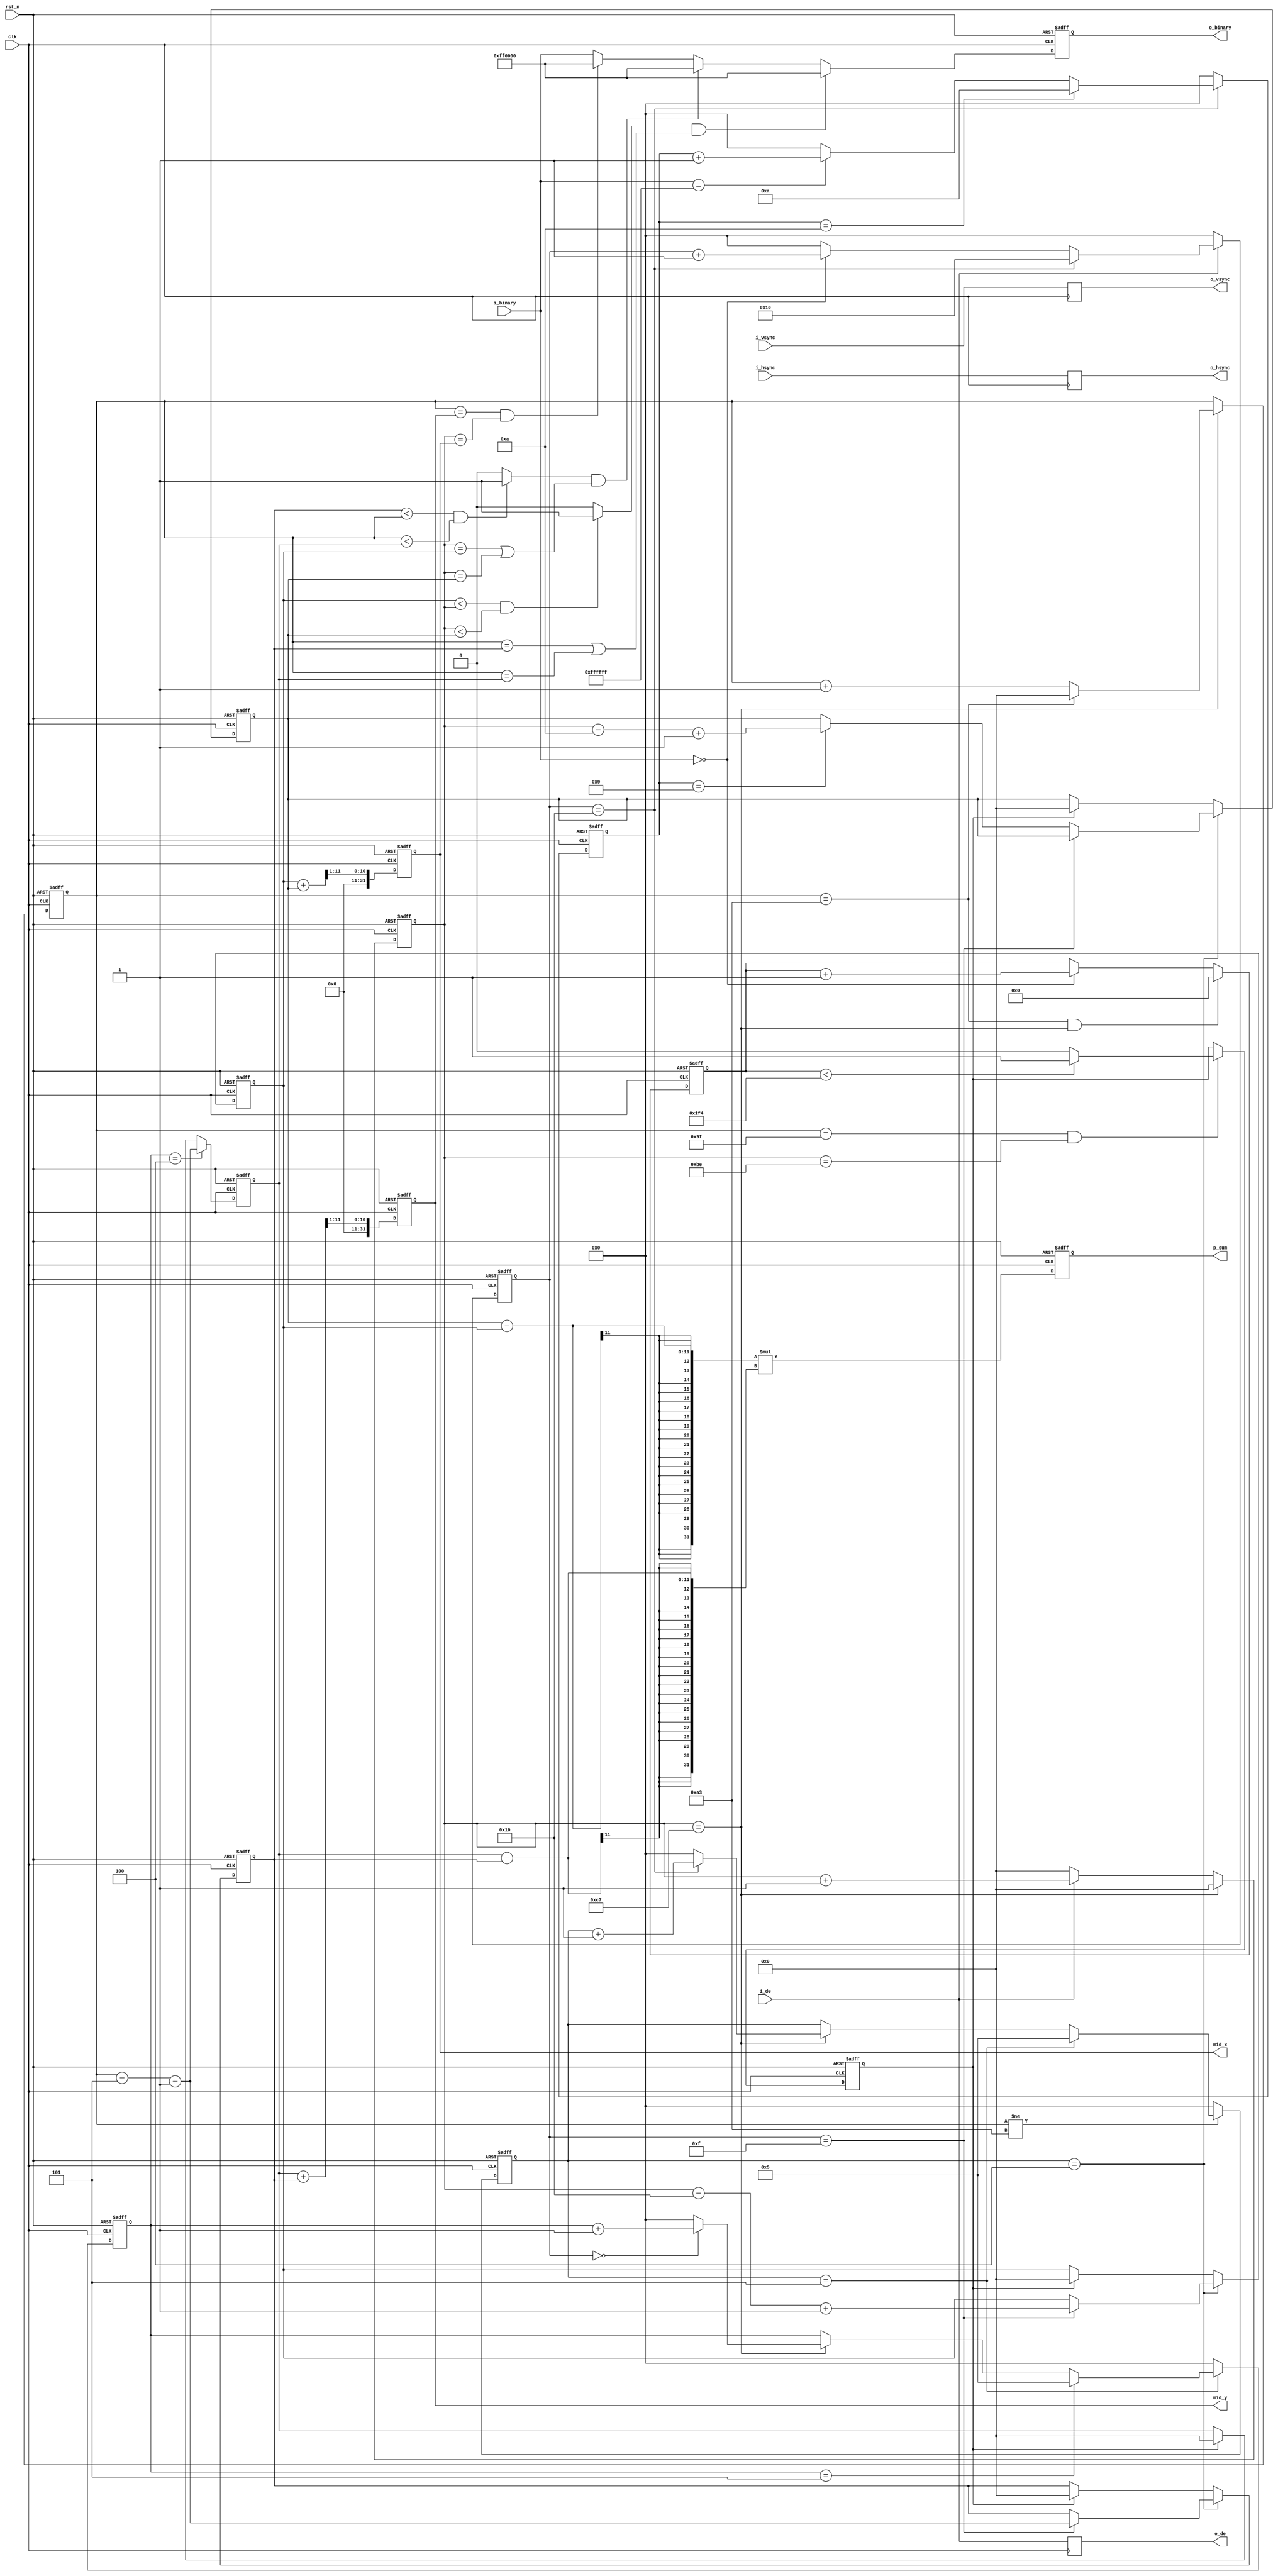
`timescale 1ns/ 1ps

module  HVCOUNT#(
    parameter IMG_W   = 200,
    parameter IMG_H   = 164,
    parameter cnt_x0  = 16 ,  
    parameter cnt_x1  = 10 ,
    parameter cnt_y0  = 5  ,
    parameter cnt_y1  = 5  ,
    parameter pixel   = 500
    
)(

    input                            clk        ,
    input                            rst_n      ,
    input [23:0]                     i_binary   ,
    input                            i_hsync    ,
    input                            i_vsync    ,
    input                            i_de       ,
                                                
    output [23:0]                    o_binary   ,
    output signed       [31:0]       mid_y      ,
    output signed       [31:0]       mid_x      ,
    output reg signed   [31:0]       p_sum      ,
    output                           o_hsync    ,
    output                           o_vsync    , 
    output                           o_de                

);



reg [10:0]              hcnt         ;
reg [10:0]              vcnt         ;
reg [23:0]              cnt_delete   ;
reg [9:0]               hcount_begin ;
reg [9:0]               vcount_begin ;
reg [9:0]               hcount_end   ;
reg [9:0]               vcount_end   ;
reg                     delay_de_1   ;
reg                     delay_hsync_1;
reg                     delay_vsync_1;
wire                    flag0        ;
wire                    flag1        ;
reg [10:0]              x0           ;
reg [10:0]              y0           ;
reg [10:0]              x1           ;
reg [10:0]              y1           ;
reg [23:0]              i_binary_r   ;
reg                     flag_delete  ;
reg signed [31:0]       mid_yr       ;
reg signed [31:0]       mid_xr       ;





assign flag0    =(x0<hcnt && hcnt<x1)?1'b1:1'b0;
assign flag1    =(y0<vcnt && vcnt<y1)?1'b1:1'b0;
assign o_binary =i_binary_r;
assign o_de     =delay_de_1;
assign o_hsync  =delay_hsync_1;
assign o_vsync  =delay_vsync_1;
assign mid_y    =mid_yr;
assign mid_x    =mid_xr;




/********************************************************************************************/

/***************************************timing***********************************************/


always@(posedge  clk)begin
    delay_de_1   <=i_de;
    delay_hsync_1<=i_hsync;
    delay_vsync_1<=i_vsync;
end




/********************************************************************************************/

/***************************************Horizontal and vertical counting****************** **/


always@(posedge clk or negedge rst_n)begin
    if(!rst_n) begin 
        hcnt<=11'd0;
    end 
    else if (hcnt==IMG_W-1'b1)begin 
        hcnt<=11'd0;
    end 
    else if(i_de==1'b1)begin 
        hcnt<=hcnt+1'b1;
    end 
    else begin 
        hcnt<=11'd0;
    end 
end 


always@(posedge clk or negedge rst_n)begin
    if(!rst_n) begin 
        vcnt<=11'd0;
    end 
    else if ( hcnt==IMG_W-1'b1) begin
        if(vcnt==IMG_H-1'b1 )begin 
            vcnt<=11'd0;
        end 
        else begin 
            vcnt<=vcnt+1'b1;
        end 
     end
end 



/********************************************************************************************/

/***************************************Horizontal and vertical effective counting********* */


always@(posedge clk or negedge rst_n)begin
    if(!rst_n)begin 
        hcount_begin<=10'd0;
    end 
    else if (i_de==1'b1)begin
        if(hcount_begin==cnt_x0)begin 
            hcount_begin<=cnt_x0;
        end 
        else if(i_binary==24'd0)begin 
            hcount_begin<=hcount_begin+1'b1;
        end 
        else begin 
            hcount_begin<=10'd0;
        end 
    end
    else begin 
        hcount_begin<=10'd0;
    end 
end


always@(posedge clk or negedge rst_n)begin
    if(!rst_n)begin 
        vcount_begin<=10'd0;
    end 
    else if(vcnt!=IMG_H-1'b1 )begin
        if (vcount_begin==cnt_y0)begin 
            vcount_begin<=cnt_y0;
        end 
        else if (hcnt==IMG_W-1'b1)begin
            if (hcount_begin==cnt_x0 )begin 
                vcount_begin<=vcount_begin+1'b1;
            end 
            else begin 
                vcount_begin<=10'd0;
            end 
        end
    end
    else begin 
         vcount_begin<=10'd0;
    end 
end


always@(posedge clk or negedge rst_n)begin
    if(!rst_n)begin 
        hcount_end<=10'd0;
    end 
    else if (hcount_begin==cnt_x0)begin
        if(hcount_end==cnt_x1)begin 
            hcount_end<=cnt_x1;
        end 
        else if(i_binary==24'hffffff)begin 
            hcount_end<=hcount_end+1'b1;
        end 
        else begin 
            hcount_end<=10'd0;
        end 
    end
    else begin 
        hcount_end<=10'd0;
    end 
end


always@(posedge clk or negedge rst_n)begin
    if(!rst_n)begin 
        vcount_end<=10'd0;
    end 
    else if (vcount_begin==cnt_y0  )begin
        if(vcount_end==cnt_y1)begin
            vcount_end<=cnt_y1;
        end 
        else if (hcnt==IMG_W-1'b1)begin
             if (hcount_begin==10'd0)begin 
                vcount_end<=vcount_end+1'b1;
             end 
            else begin 
                vcount_end<=10'd0;
            end 
        end
    end
    else begin 
        vcount_end<=10'd0;
    end 
end





/********************************************************************************************/

/****************************Minimum permissible pixel point*********************************/

always@(posedge clk or negedge rst_n)begin
    if(!rst_n)begin 
        cnt_delete<=24'd0;
    end 
    else if (vcnt==IMG_H-1'b1 && hcnt==IMG_W-1'b1 )begin
        cnt_delete<=24'd0;
    end 
    else if(i_binary==24'h000000)begin 
        cnt_delete<=cnt_delete+1'b1;
    end 
end


always@(posedge clk or negedge rst_n )begin
    if(!rst_n)begin 
        flag_delete<=1'b0;
    end 
    else if( vcnt==IMG_H-3'd5 && hcnt==IMG_W-4'd10)begin
        if(cnt_delete<pixel)begin 
            flag_delete<=1'b1;
        end             
        else begin 
            flag_delete<=1'b0; 
        end 
    end
end


/********************************************************************************************/

/***************Identify the four points that make up the rectangular object*****************/


always@(posedge clk or negedge rst_n)begin
    if(!rst_n)begin
        x0<=11'd0;
        y0<=11'd0;
        x1<=11'd0;
    end 
    else if (vcount_begin==cnt_y0-1'b1)begin
        if(hcount_begin==cnt_x0-1'b1)begin
            x0<=hcnt-cnt_x0+1'b1;
            y0<=vcnt-cnt_y0+1'b1;
        end
        else if(hcount_end==cnt_x1-1'b1)begin
            x1<=hcnt-cnt_x1+1'b1;
        end
    end
    else if (flag_delete==1'b1)begin
        x0<=11'd0;
        y0<=11'd0;
        x1<=11'd0;
    end
end



always@(posedge clk or negedge rst_n)begin
    if(!rst_n)begin
        y1<=11'd0;
    end 
    else if(vcount_end==cnt_y1-1'b1  )begin
        y1<=vcnt-cnt_y1+1'b1;
    end
    else if(flag_delete==1'b1)begin 
        y1<=11'd0;
    end 
end





/********************************************************************************************/

/****************************Draw the object and center coordinates**************************/



always@(posedge clk or negedge rst_n)begin
    if(!rst_n)begin 
        i_binary_r<=24'd0;
    end 
    else if (flag0==1'b1 && (vcnt==y0 || vcnt==y1))begin 
            i_binary_r<=24'hff0000;
    end 
    else if (flag1==1'b1 &&(hcnt==x0 || hcnt==x1))begin 
            i_binary_r<=24'hff0000;
    end 
    else if ( vcnt==mid_y && hcnt==mid_x)begin 
            i_binary_r<=24'hff0000;
    end 
    else begin 
        i_binary_r<=i_binary;
    end 
end




/********************************************************************************************/

/*****************Determine the object center coordinates and the number of pixels********* */



always@(posedge clk or negedge rst_n)begin
   if(!rst_n)begin      
       mid_yr<=32'd0;
       mid_xr<=32'd0;
       p_sum <=32'd0;
   end 
   else begin
       mid_yr <= (y1+y0)>>1; 
       mid_xr <= (x0+x1)>>1; 
       p_sum  <= (x1-x0)*(y1-y0);
   end 
   
 end 

 



endmodule